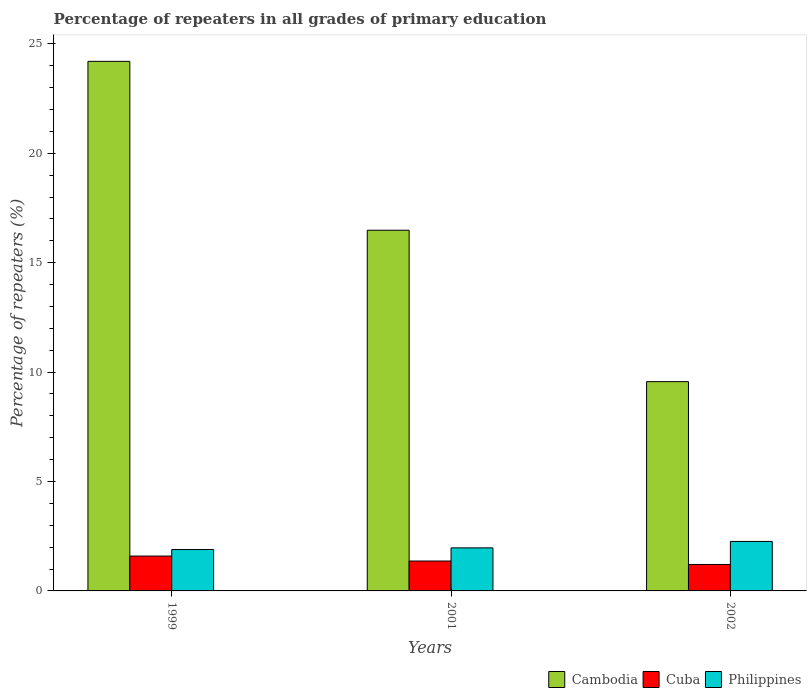
| Years | Cambodia | Cuba | Philippines |
 | --- | --- | --- | --- |
 | 1999 | 24.2 | 1.59 | 1.89 |
 | 2001 | 16.5 | 1.37 | 1.97 |
 | 2002 | 9.56 | 1.21 | 2.26 |